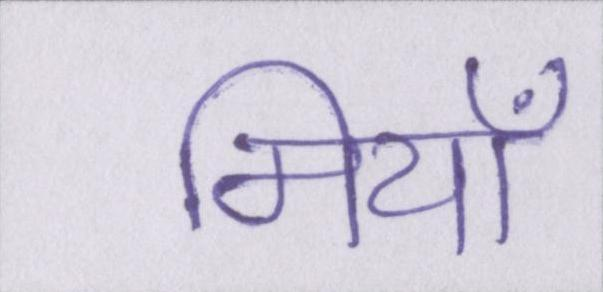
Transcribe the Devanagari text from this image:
मियाँ